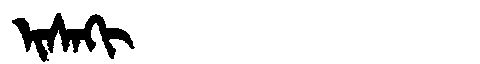
Manchu: ᡳᠰᠠᡴᡳ
Romanization: ISAKI